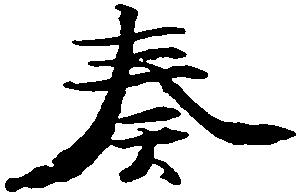
奏